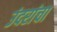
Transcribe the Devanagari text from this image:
उंदरांचा